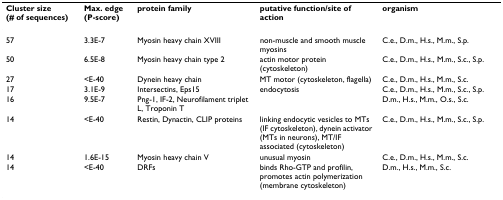
| Cluster size (# of sequences) | Max. edge (P-score) | protein family | putative function/site of action | organism |
 | --- | --- | --- | --- | --- |
 | 57 | 3.3E-7 | Myosin heavy chain XVIII | non-muscle and smooth muscle myosins | C.e., D.m., H.s., M.m., S.p. |
 | 50 | 6.5E-8 | Myosin heavy chain type 2 | actin motor protein (cytoskeleton) | C.e., D.m., H.s., M.m., S.c., S.p. |
 | 27 | <E-40 | Dynein heavy chain | MT motor (cytoskeleton, flagella) | C.e., D.m., H.s., M.m., S.c. |
 | 17 | 3.1E-9 | Intersectins, Eps15 | endocytosis | C.e., D.m., H.s., M.m., S.c., S.p. |
 | 16 | 9.5E-7 | Png-1, IF-2, Neurofilament triplet L, Troponin T |  | D.m., H.s., M.m., O.s., S.c. |
 | 14 | <E-40 | Restin, Dynactin, CLIP proteins | linking endocytic vesicles to MTs (IF cytoskeleton), dynein activator (MTs in neurons), MT/IF associated (cytoskeleton) | C.e., D.m., H.s., M.m., S.c., S.p. |
 | 14 | 1.6E-15 | Myosin heavy chain V | unusual myosin | C.e., D.m., H.s., M.m., S.c. |
 | 14 | <E-40 | DRFs | binds Rho-GTP and profilin, promotes actin polymerization (membrane cytoskeleton) | D.m., H.s., M.m., S.c. |